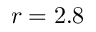
r = 2 . 8